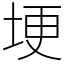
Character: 埂